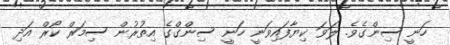
ހަނީ ސިންގެވެ. ލަވަ ކިޔާފައިވަނީ ހަނީ ސިންގްގެ އިތުރުން ސިމަރް ކޯރް އަދި